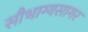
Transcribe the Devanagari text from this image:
सौभाग्यसागर